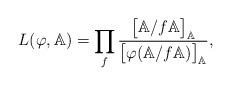
LaTeX: \begin{align*}L(\varphi,\mathbb{A})=\prod_{f} \frac{\big[\mathbb{A}/f\mathbb{A}\big]_{\mathbb{A}}}{\big[\varphi(\mathbb{A}/f\mathbb{A})\big]_{\mathbb{A}}},\end{align*}